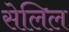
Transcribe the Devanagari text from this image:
सेलिल